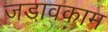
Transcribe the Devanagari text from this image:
जडावकाम